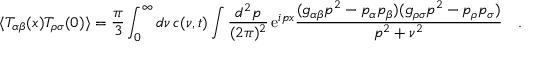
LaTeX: \langle T _ { \alpha \beta } ( x ) T _ { \rho \sigma } ( 0 ) \rangle = { \frac { \pi } { 3 } } \int _ { 0 } ^ { \infty } d \nu \, c ( \nu , t ) \int { \frac { d ^ { 2 } p } { ( 2 \pi ) ^ { 2 } } } \, \mathrm { e } ^ { i p x } { \frac { ( g _ { \alpha \beta } p ^ { 2 } - p _ { \alpha } p _ { \beta } ) ( g _ { \rho \sigma } p ^ { 2 } - p _ { \rho } p _ { \sigma } ) } { p ^ { 2 } + \nu ^ { 2 } } } \quad .